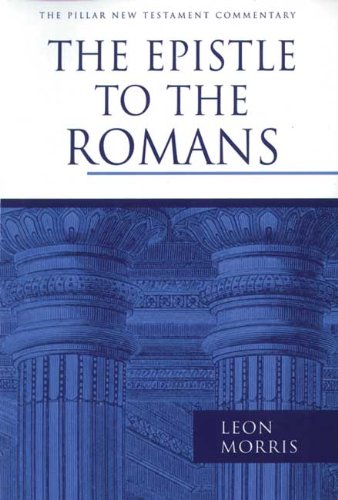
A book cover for Epistle to the Romans; Leon Morris; Christian Books & Bibles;